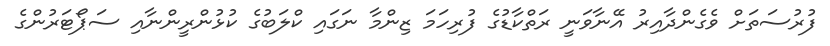
ފުރުސަތަށް ވެގެންދާއިރު އޭނާވަނީ ރަތްކާޑުގެ ފުރިހަމަ ޒިންމާ ނަގައި ކްލަބުގެ ކުޅުންރީންނާއި ސަޕޯޓަރުންގެ